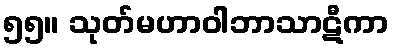
၅၅။ သုတ်မဟာဝါဘာသာဋီကာ